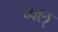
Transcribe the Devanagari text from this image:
व्फ्ल्